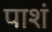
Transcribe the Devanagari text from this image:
पाशं